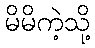
မိမိကဲ့သို့